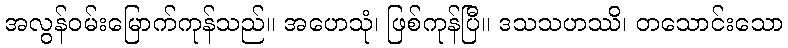
အလွန်ဝမ်းမြောက်ကုန်သည်။ အဟေသုံ၊ ဖြစ်ကုန်ပြီ။ ဒသသဟဿိ၊ တသောင်းသော